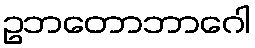
ဥဘတောဘာဂေါ